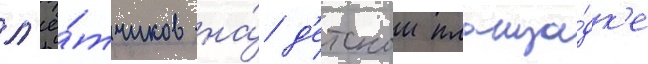
л'ё́тчиков на́ д'етскои площа́дк'е